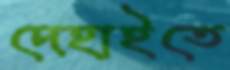
দেহাইতে